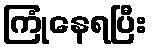
ကြုံနေရပြီး